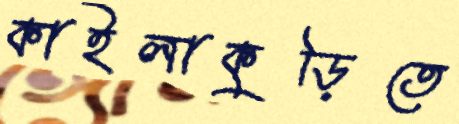
কাইলাকুড়িতে